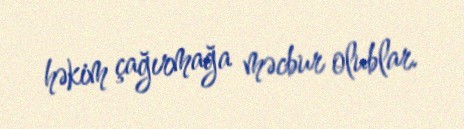
həkim çağırmağa məcbur olublar.